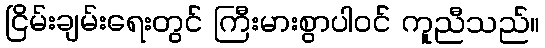
ငြိမ်းချမ်းရေးတွင် ကြီးမားစွာပါဝင် ကူညီသည်။